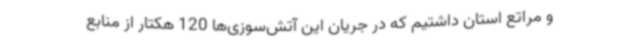
و مراتع استان داشتیم که در جریان این آتش‌سوزی‌ها 120 هکتار از منابع